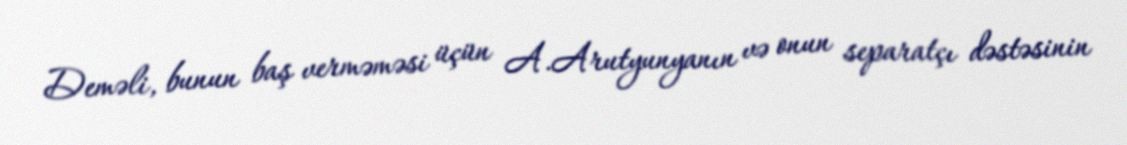
Deməli, bunun baş verməməsi üçün A.Arutyunyanın və onun separatçı dəstəsinin